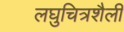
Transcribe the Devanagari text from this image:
लघुचित्रशैली